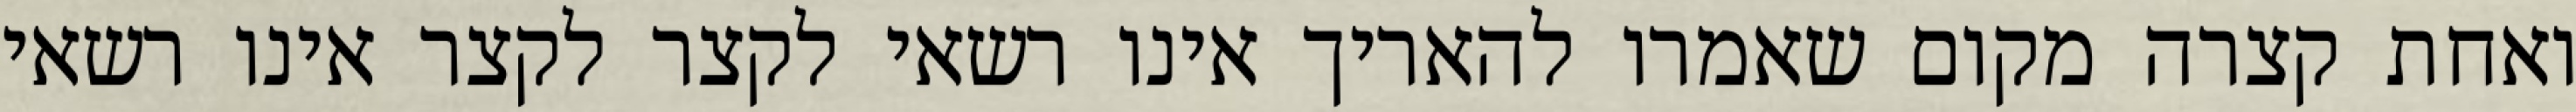
ואחת קצרה מקום שאמרו להאריך אינו רשאי לקצר לקצר אינו רשאי